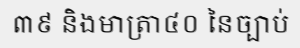
៣៩ និងមាត្រា៤០ នៃច្បាប់